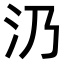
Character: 𣱽